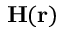
\mathbf { H } ( \mathbf { r } )